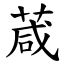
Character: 葴